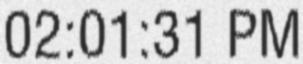
02:01:31 PM